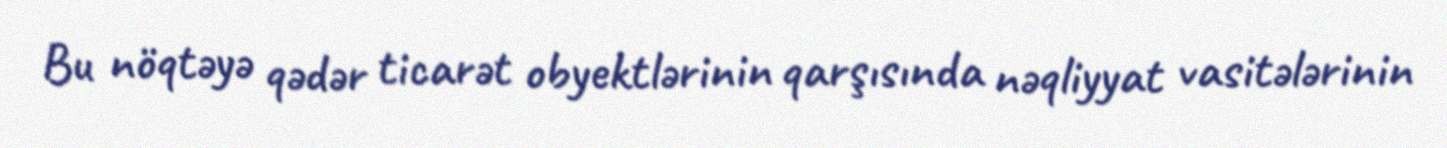
Bu nöqtəyə qədər ticarət obyektlərinin qarşısında nəqliyyat vasitələrinin